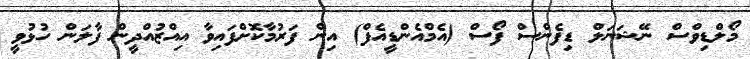
މޯލްޑިވްސް ނޭޝަނަލް ޑިފެންސް ފޯސް (އެމްއެންޑީއެފް) އިން ފަރުމާކޮށްފައިވާ އިއްޒުއްދީން ފާލަން ހުޅުވީ